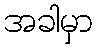
အခါမှာ